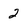
Character: 2